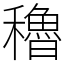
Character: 穭